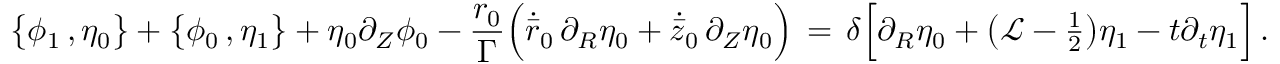
\bigl \{ \phi _ { 1 } \, , \eta _ { 0 } \bigr \} + \bigl \{ \phi _ { 0 } \, , \eta _ { 1 } \bigr \} + \eta _ { 0 } \partial _ { Z } \phi _ { 0 } - \frac { { r _ { 0 } } } { \Gamma } \Bigl ( \dot { \bar { r } } _ { 0 } \, \partial _ { R } \eta _ { 0 } + \dot { \bar { z } } _ { 0 } \, \partial _ { Z } \eta _ { 0 } \Bigr ) \, = \, \delta \Bigl [ \partial _ { R } \eta _ { 0 } + \bigl ( \mathcal { L } - { \textstyle \frac 1 2 } \bigr ) \eta _ { 1 } - t \partial _ { t } \eta _ { 1 } \Bigr ] \, .